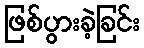
ဖြစ်ပွားခဲ့ခြင်း